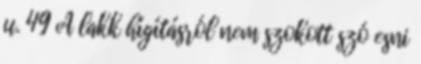
u. 49 A lakk hígításról nem szokott szó esni